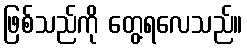
ဖြစ်သည်ကို တွေ့ရလေသည်။